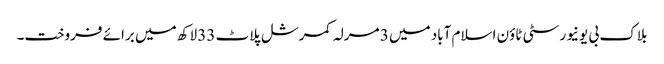
بلاک بی یونیورسٹی ٹاؤن اسلام آباد میں 3 مرلہ کمرشل پلاٹ 33 لاکھ میں برائے فروخت۔